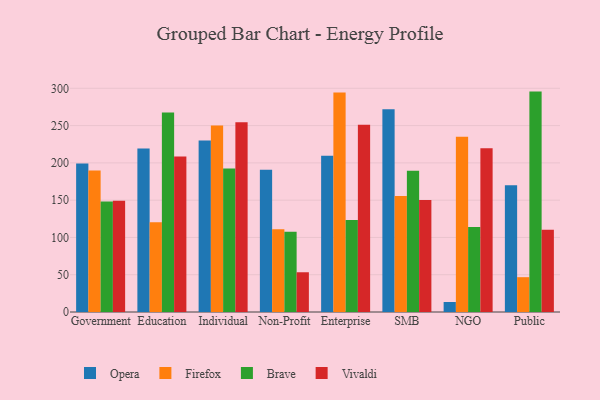
{"axis": {"x": "Segment", "y": "Customer Acquisition Cost (USD)"}, "legend": ["Brave", "Firefox", "Opera", "Vivaldi"], "data": [{"x": "Government", "y": 199.3, "type": "Opera"}, {"x": "Government", "y": 189.7, "type": "Firefox"}, {"x": "Government", "y": 148.1, "type": "Brave"}, {"x": "Government", "y": 149.2, "type": "Vivaldi"}, {"x": "Education", "y": 219.4, "type": "Opera"}, {"x": "Education", "y": 120.3, "type": "Firefox"}, {"x": "Education", "y": 267.6, "type": "Brave"}, {"x": "Education", "y": 208.5, "type": "Vivaldi"}, {"x": "Individual", "y": 229.9, "type": "Opera"}, {"x": "Individual", "y": 250.1, "type": "Firefox"}, {"x": "Individual", "y": 192.5, "type": "Brave"}, {"x": "Individual", "y": 254.5, "type": "Vivaldi"}, {"x": "Non-Profit", "y": 190.8, "type": "Opera"}, {"x": "Non-Profit", "y": 111.0, "type": "Firefox"}, {"x": "Non-Profit", "y": 107.5, "type": "Brave"}, {"x": "Non-Profit", "y": 53.3, "type": "Vivaldi"}, {"x": "Enterprise", "y": 209.4, "type": "Opera"}, {"x": "Enterprise", "y": 294.3, "type": "Firefox"}, {"x": "Enterprise", "y": 123.3, "type": "Brave"}, {"x": "Enterprise", "y": 251.2, "type": "Vivaldi"}, {"x": "SMB", "y": 271.9, "type": "Opera"}, {"x": "SMB", "y": 155.7, "type": "Firefox"}, {"x": "SMB", "y": 189.6, "type": "Brave"}, {"x": "SMB", "y": 150.2, "type": "Vivaldi"}, {"x": "NGO", "y": 13.4, "type": "Opera"}, {"x": "NGO", "y": 235.0, "type": "Firefox"}, {"x": "NGO", "y": 113.9, "type": "Brave"}, {"x": "NGO", "y": 219.5, "type": "Vivaldi"}, {"x": "Public", "y": 170.1, "type": "Opera"}, {"x": "Public", "y": 46.7, "type": "Firefox"}, {"x": "Public", "y": 295.6, "type": "Brave"}, {"x": "Public", "y": 110.2, "type": "Vivaldi"}]}